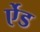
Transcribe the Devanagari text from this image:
र्एेड